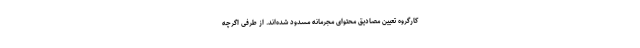
کارگروه تعیین مصادیق محتوای مجرمانه مسدود شده‌اند. از طرفی اگرچه